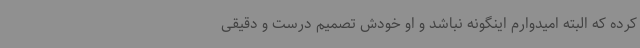
کرده که البته امیدوارم اینگونه نباشد و او خودش تصمیم درست و دقیقی